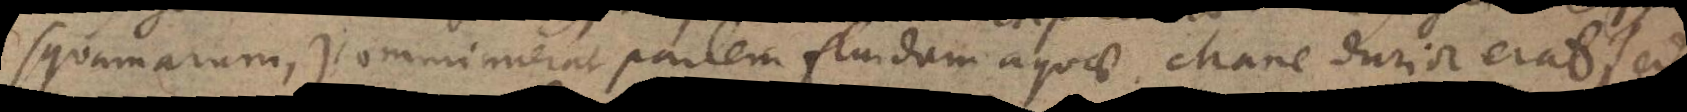
squamarum,) comminuerat partem fluidam aquae. Mane durior erat, sed